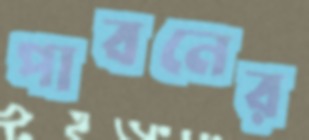
পাবনের